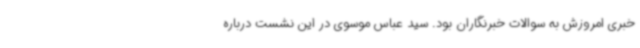
خبری امروزش به سوالات خبرنگاران بود. سید عباس موسوی در این نشست درباره